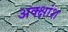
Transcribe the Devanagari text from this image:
अक्क्षांश